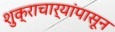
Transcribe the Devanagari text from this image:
शुक्राचार्यांपासून